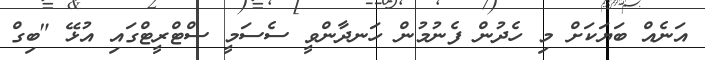
އަނެއް ބަޔަކަށް މި ހެދުން ފެނުމުން ހަނދާންވީ ސެސަމީ ސްޓްރީޓްގައި އުޅޭ "ބިގް